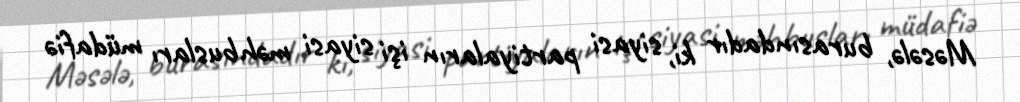
Məsələ, burasındadır ki, siyasi partiyaların işi siyasi məhbusları müdafiə